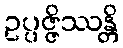
ဥပ္ပဇ္ဇိဿန္တိ